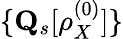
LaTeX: \{ \mathbf{Q}_{s}[\rho_{X}^{(0)}]\}